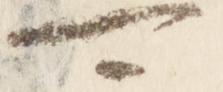
可